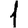
Digit: 1